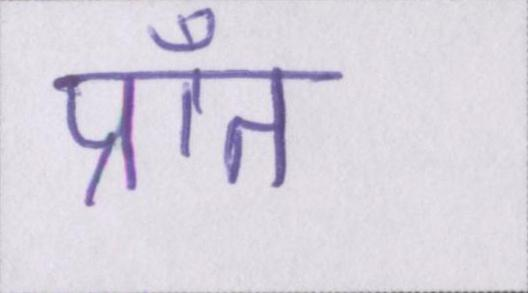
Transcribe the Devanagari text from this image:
प्राँत